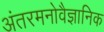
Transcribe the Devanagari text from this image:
अंतरमनोवैज्ञानिक